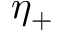
\eta _ { + }